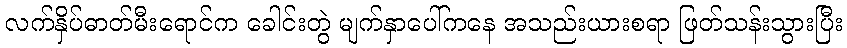
လက်နှိပ်ဓာတ်မီးရောင်က ခေါင်းတွဲ မျက်နှာပေါ်ကနေ အသည်းယားစရာ ဖြတ်သန်းသွားပြီး